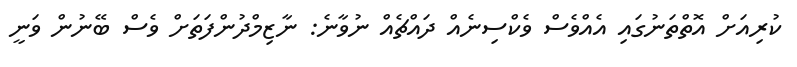
ކުރިއަށް އޮތްތަނުގައި އެއްވެސް ވެކްސިނެއް ދައްޗެއް ނުވާނެ: ނާޒިމްދުންފަތަށް ވެސް ބޭނުން ވަނީ